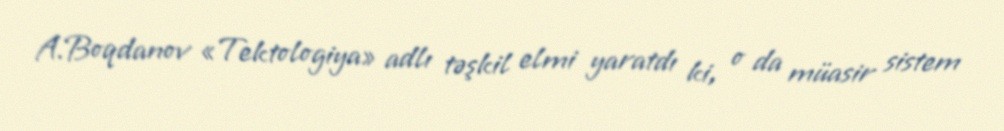
A.Boqdanov «Tektologiya» adlı təşkil elmi yaratdı ki, o da müasir sistem